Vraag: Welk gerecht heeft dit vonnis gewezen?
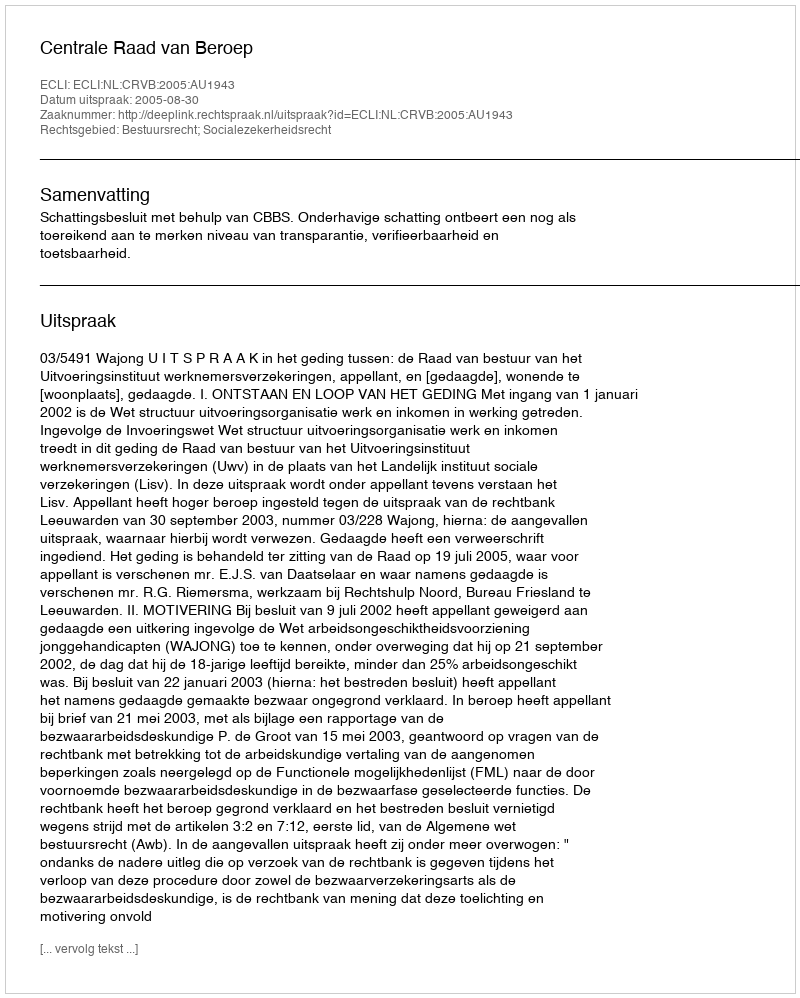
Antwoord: Centrale Raad van Beroep